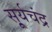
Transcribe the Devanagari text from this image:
सू्र्यचंद्र